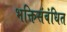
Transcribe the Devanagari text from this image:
भक्तिसंबंधित